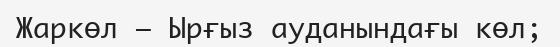
Жаркөл – Ырғыз ауданындағы көл;